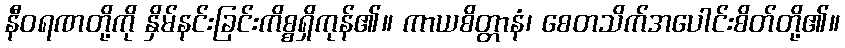
နီဝရဏတို့ကို နှိမ်နင်းခြင်းကိစ္စရှိကုန်၏။ ကာယစိတ္တာနံ၊ စေတသိက်အပေါင်းစိတ်တို့၏။